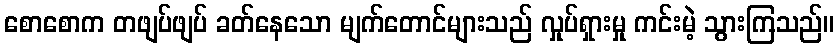
စောစောက တဖျပ်ဖျပ် ခတ်နေသော မျက်တောင်များသည် လှုပ်ရှားမှု ကင်းမဲ့ သွားကြသည်။